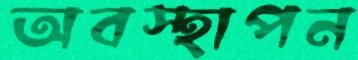
অবস্হাপন